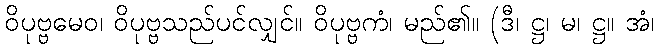
ဝိပုဗ္ဗမေဝ၊ ဝိပုဗ္ဗသည်ပင်လျှင်။ ဝိပုဗ္ဗကံ၊ မည်၏။ (ဒီ၊ ဋ္ဌ၊ မ၊ ဋ္ဌ။ အံ၊